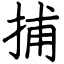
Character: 捕